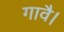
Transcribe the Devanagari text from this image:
गावै।